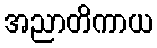
အညာတိကာယ